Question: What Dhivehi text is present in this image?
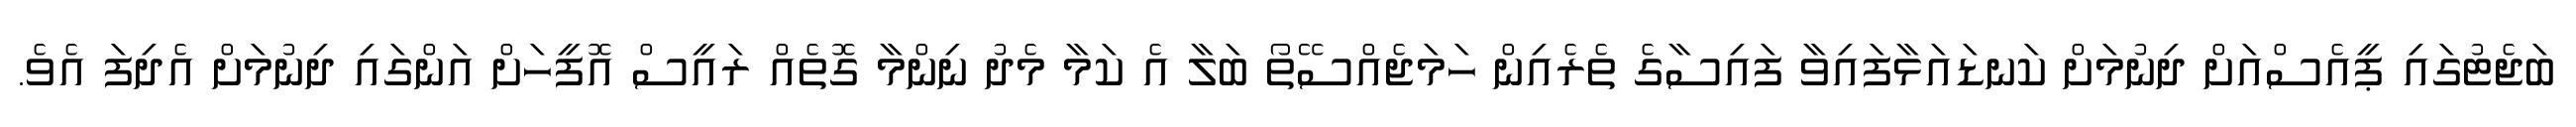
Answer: ބަޖެޓުގައި ޕީއެސްއަށް ދިނުމަށް ކަނޑައަޅާފައިވާ ފައިސާގެ ތެރެއިން ހަމަޖެއްސޭތޯ ބަލާ އެ ކަމާ މެދު ނިންމާ ގޮތެއް ރައީސް އޮފީހަށް އަންގައި ދިނުމަށް އެދިފަ އެވެ.